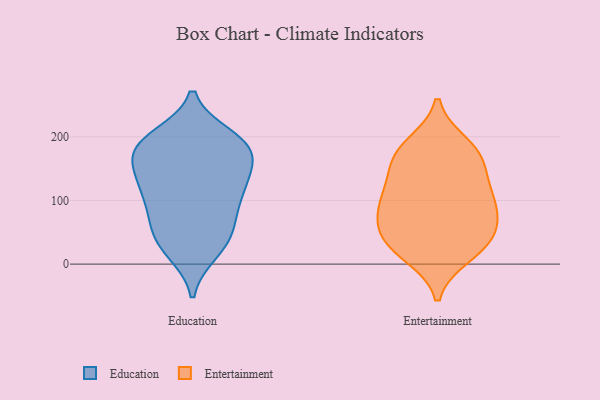
{"axis": {"x": "Tickets Resolved", "y": "Value"}, "legend": ["Education", "Entertainment"], "data": [{"x": "", "y": 200, "type": "Education"}, {"x": "", "y": 82, "type": "Education"}, {"x": "", "y": 19, "type": "Education"}, {"x": "", "y": 180, "type": "Education"}, {"x": "", "y": 170, "type": "Education"}, {"x": "", "y": 143, "type": "Education"}, {"x": "", "y": 121, "type": "Education"}, {"x": "", "y": 121, "type": "Education"}, {"x": "", "y": 22, "type": "Education"}, {"x": "", "y": 53, "type": "Education"}, {"x": "", "y": 188, "type": "Education"}, {"x": "", "y": 182, "type": "Education"}, {"x": "", "y": 152, "type": "Education"}, {"x": "", "y": 48, "type": "Education"}, {"x": "", "y": 95, "type": "Education"}, {"x": "", "y": 196, "type": "Education"}, {"x": "", "y": 189, "type": "Education"}, {"x": "", "y": 45, "type": "Education"}, {"x": "", "y": 99, "type": "Education"}, {"x": "", "y": 134, "type": "Education"}, {"x": "", "y": 155, "type": "Entertainment"}, {"x": "", "y": 97, "type": "Entertainment"}, {"x": "", "y": 47, "type": "Entertainment"}, {"x": "", "y": 25, "type": "Entertainment"}, {"x": "", "y": 178, "type": "Entertainment"}, {"x": "", "y": 76, "type": "Entertainment"}, {"x": "", "y": 102, "type": "Entertainment"}, {"x": "", "y": 107, "type": "Entertainment"}, {"x": "", "y": 188, "type": "Entertainment"}, {"x": "", "y": 111, "type": "Entertainment"}, {"x": "", "y": 56, "type": "Entertainment"}, {"x": "", "y": 151, "type": "Entertainment"}, {"x": "", "y": 175, "type": "Entertainment"}, {"x": "", "y": 14, "type": "Entertainment"}, {"x": "", "y": 56, "type": "Entertainment"}, {"x": "", "y": 25, "type": "Entertainment"}]}